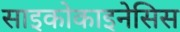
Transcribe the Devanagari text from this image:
साइकोकाइनेसिस